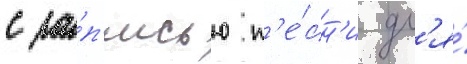
с за́п'исью п'е́сн'и дл'я́